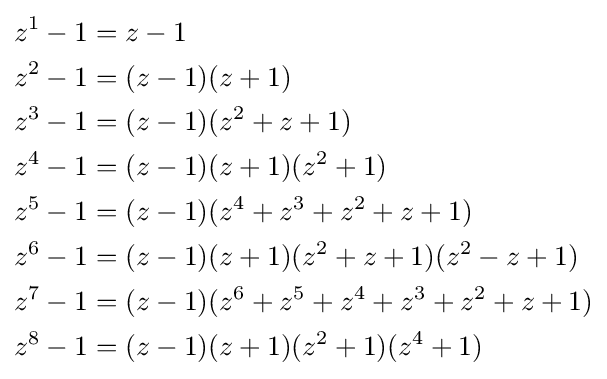
{\begin{aligned}z^{1}-1&=z-1\\z^{2}-1&=(z-1)(z+1)\\z^{3}-1&=(z-1)(z^{2}+z+1)\\z^{4}-1&=(z-1)(z+1)(z^{2}+1)\\z^{5}-1&=(z-1)(z^{4}+z^{3}+z^{2}+z+1)\\z^{6}-1&=(z-1)(z+1)(z^{2}+z+1)(z^{2}-z+1)\\z^{7}-1&=(z-1)(z^{6}+z^{5}+z^{4}+z^{3}+z^{2}+z+1)\\z^{8}-1&=(z-1)(z+1)(z^{2}+1)(z^{4}+1)\\\end{aligned}}